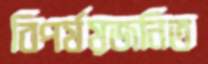
বিপর্যয়জনিত